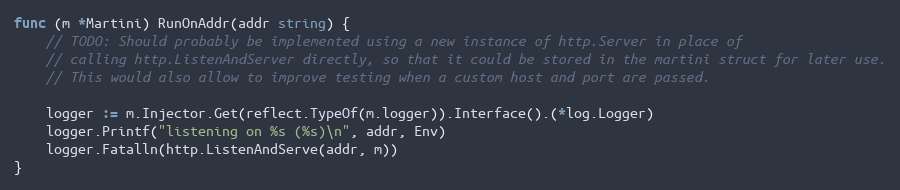
Language: Go
func (m *Martini) RunOnAddr(addr string) {
	// TODO: Should probably be implemented using a new instance of http.Server in place of
	// calling http.ListenAndServer directly, so that it could be stored in the martini struct for later use.
	// This would also allow to improve testing when a custom host and port are passed.

	logger := m.Injector.Get(reflect.TypeOf(m.logger)).Interface().(*log.Logger)
	logger.Printf("listening on %s (%s)\n", addr, Env)
	logger.Fatalln(http.ListenAndServe(addr, m))
}